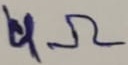
Text: 4Ω